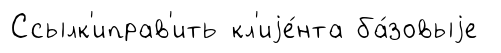
Ссылк'иправ'ить кл'иjе́нта ба́зовыjе